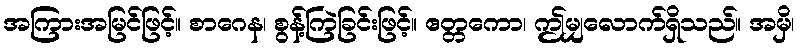
အကြားအမြင်ဖြင့်။ စာဂေန၊ စွန့်ကြဲခြင်းဖြင့်။ ဧတ္တကော၊ ဤမျှလောက်ရှိသည်။ အမှိ၊